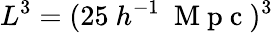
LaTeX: L^{3}=(25\ h^{-1}\ \mathrm{~M~p~c~})^{3}